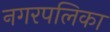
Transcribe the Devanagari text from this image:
नगरपलिका